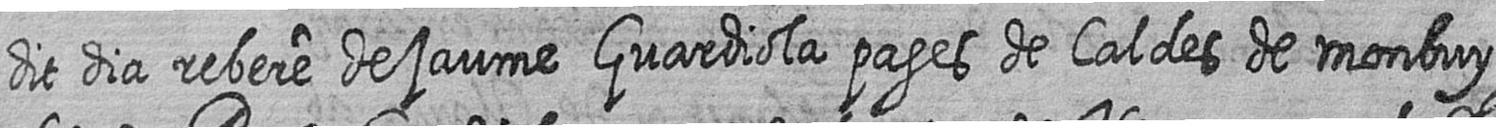
dit dia rebere de jaume Guardiola pages de Caldes de monbuy